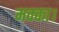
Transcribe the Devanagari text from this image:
मक्का।